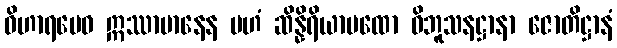
ဝိဟာရမေဝ ဣဿာမာနေန ပဟံ ဆိန္နိရိယာပထော ဝိဘူသနဋ္ဌာနာ ဇောတိဋ္ဌာနံ